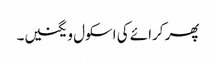
پھر کرائے کی اسکول ویگنیں۔